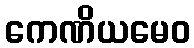
ကေဏိယမေဝ